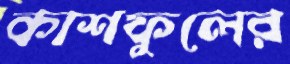
কাশফুলের